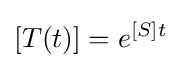
[T(t)]=e^{[S]t}